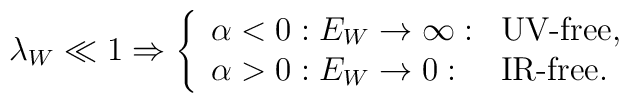
\lambda_{W} \ll 1 \Rightarrow\left\{ \begin{array}{lll}\alpha < 0: E_{W} \rightarrow \infty: & \mbox{UV-free,}\\\alpha > 0: E_{W} \rightarrow 0: & \mbox{IR-free.}\end{array}\right.